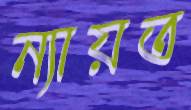
ন্যায়ত